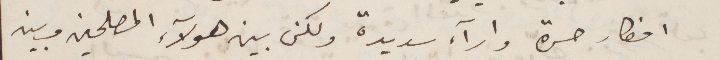
أفكار حرة وآراء سديدة ولكن بين هؤلاء المصلحين وبين